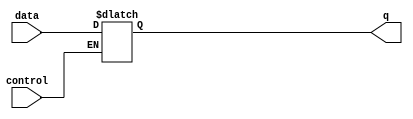
module latch (
    input wire data,
    input wire control,
    output reg q
);

always @ (data or control)
begin
    if (control)
        q <= data;
end

endmodule